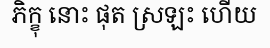
ភិក្ខុ នោះ ផុត ស្រឡះ ហើយ